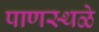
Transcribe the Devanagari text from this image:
पाणस्थळे